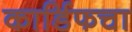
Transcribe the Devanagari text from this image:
कार्डिफचा